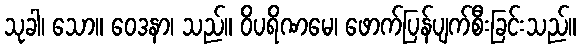
သုခါ၊ သော။ ဝေဒနာ၊ သည်။ ဝိပရိဏမေ၊ ဖောက်ပြန်ပျက်စီးခြင်းသည်။